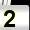
Digit: 2